画像に写った文字を読んでください
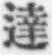
「達」と書いてあります